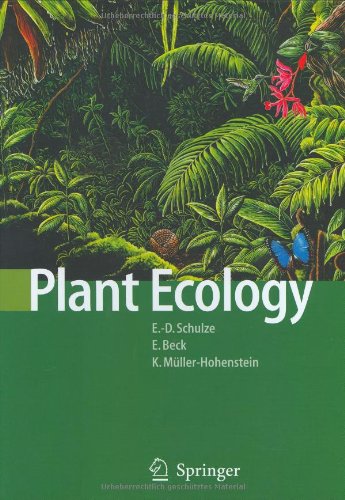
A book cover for Plant Ecology; Ernst-Detlef Schulze; Science & Math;